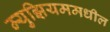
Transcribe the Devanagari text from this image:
म्युझियममधील